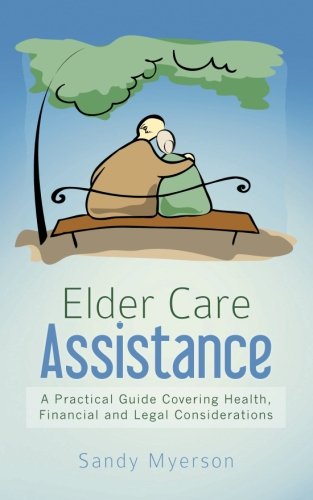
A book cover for Elder Care Assistance: A Practical Guide Covering Health, Financial and Legal Considerations; Sandy Myerson; Parenting & Relationships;